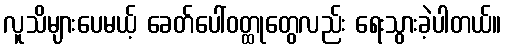
လူသိများပေမယ့် ခေတ်ပေါ်ဝတ္ထုတွေလည်း ရေးသွားခဲ့ပါတယ်။